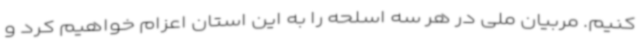
کنیم. مربیان ملی در هر سه اسلحه را به این استان اعزام خواهیم کرد و